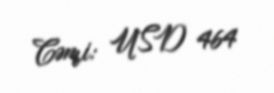
Cəmi: USD 464